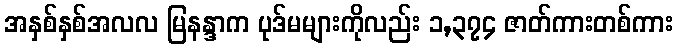
အနှစ်နှစ်အလလ မြနန္ဒာက ပုဒ်မများကိုလည်း ၁,၃၇၄ ဇာတ်ကားတစ်ကား